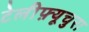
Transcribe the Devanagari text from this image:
टेलीफ़्यूचुरा